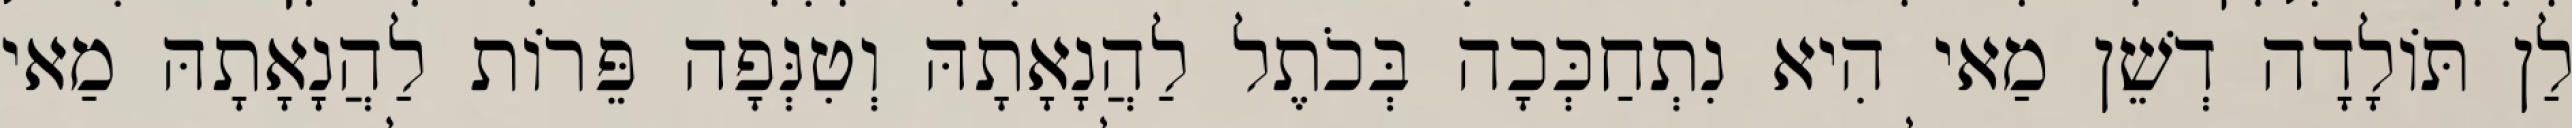
לַן תּוֹלָדָה דְשֵׁן מַאי הִיא נִתְחַכְּכָה בְּכֹתֶל לַהֲנָאָתָהּ וְטִנְּפָה פֵּרוֹת לַהֲנָאָתָהּ מַאי